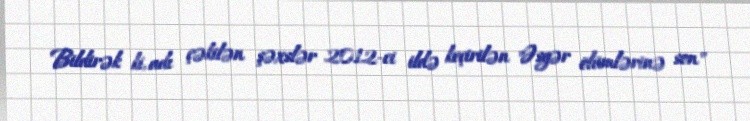
Bildirək ki, adı çəkilən şəxslər 2012-ci ildə keçirilən "Əsgər ölümlərinə son"